Lunatic asylums Central Provinces reports 1886-1894 - 1886-1894
Year: 1886
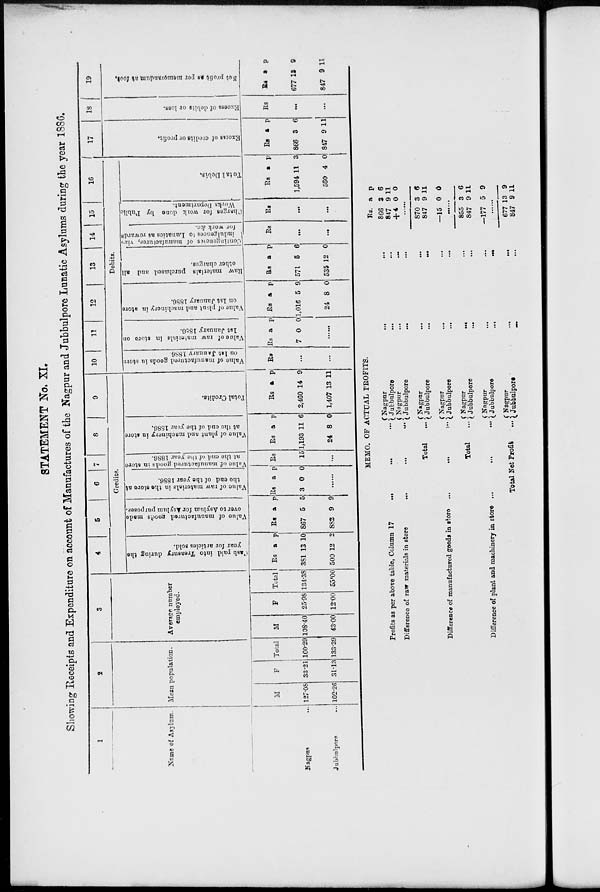
STATEMENT No. XI.
Showing Receipts and Expenditure on account of Manufactures of the Nagpur and Jubbulpore Lunatic Asylums during the year 1886.
1
Name of Asylum.
Nagpur ...
Jubbulpore ...
2
Mean population.
M
127.08
102.26
F
33.21
31.13
Total
160.29
133.39
3
Average number
employed.
M
108.40
43.00
F
25.98
12.00
Total
134.38
55.00
4
5
6
7
8
9
Credits.
Cash paid into Treasury during the
year for articles sold.
Rs
381
500
a
13
12
p.
10
2
Value of manufactured goods made
over to Asylum for Asylum purposes.
Rs
867
882
a
5
9
p.
5
9
Value
of raw materials in the store at
the end of the year 1886.
Rs
3
a
0
p
0
......
Value of manufactured goods in store
at the end of the year 1886.
Rs
15
...
Value of plant and machinery in store
at the end of the year 1886.
Rs
1,193
24
a
11
8
p.
6
0
Total Credits.
Rs
2,460
1,407
a.
14
p.
9
13 11
10
11
12
13
14
15
16
Debits.
Value of manufactured
goods in store
on
1st January 1886
Rs
...
...
Value of raw materials in store on
1st January 1886.
Rs
7
a
0
p
0
......
Value of plant
and machinery in store
on 1st January 1886.
Rs
1,016
24
a
5
8
p
9
0
Raw materials purchased and all
other charges.
Rs
571
535
a
5
12
p
6
0
Contingencies
of manufactures, viz.,
indulgences to Lunatics as rewards
for work &c.
Rs
...
...
Charges for work
done by Public
Works Department.
Rs
...
...
Tot al Debi s .
Rs
1,594
560
a
11
4
p
3
0
17
Excess
of credits or profit.
Rs
866
847
a
3
9
p
6
11
18
Excess of debits or loss.
Rs
...
...
19
Net
profit as per
memorandum at foot.
Rs
677
847
a
13
9
p.
9
11
MEMO. OF ACTUAL PROFITS.
Profits as per above table, Column 17
...
...
...
Difference of raw materials in store
...
...
...
Total
...
Difference of manufactured goods in
store
...
...
...
Total ...
Difference of plant and machinery in store
...
...
...
Total Net Profit ...
Nagpur ...
Jubbulpore ...
Nagpur ...
Jubbulpore ...
Nagpur ...
Jubbulpore
...
Nagpur ...
Jubbulpore
...
Nagpur ...
Jubbulpore ...
Nagpur ...
Jubbulpore ...
Nagpur ...
Jubbulpore ...
Rs.
866
847
+ 4
a
3
9
0
p
6
11
0
.......
870
847
—15
3
9
0
6
11
0
......
855
847
-177
3
9
5
6
11
9
......
677
847
13
9
9
11